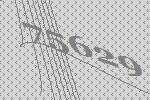
75629